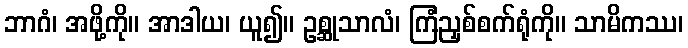
ဘာဂံ၊ အဖို့ကို။ အာဒါယ၊ ယူ၍။ ဥစ္ဆုသာလံ၊ ကြံညှစ်စက်ရုံကို။ သာမိကဿ၊